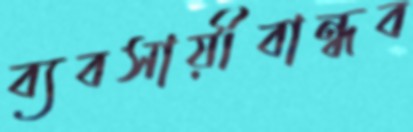
ব্যবসায়ীবান্ধব